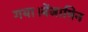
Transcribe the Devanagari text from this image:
गया।बेंजामिन